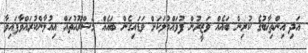
އަދި އިންތިޚާބުގެ ކުރިން ބައެއް ވަޒީރުން ފުވައްމުލަކަށް ވަޑައިގެން ބައެއް މަޝްރޫއުތައް އިއުލާންކުރައްވާފައިވާ